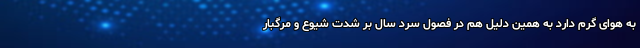
به هوای گرم دارد به همین دلیل هم در فصول سرد سال بر شدت شیوع و مرگبار